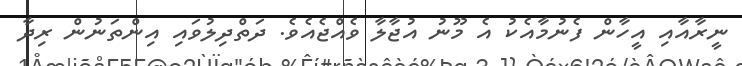
ނީރާއާއި އީހާން ފެނުމާއެކު އެ މޫނު އުޖާލާ ވެއްޖެއެވެ. ދަތްދިލުވައި އިންތަނުން ރިދާ